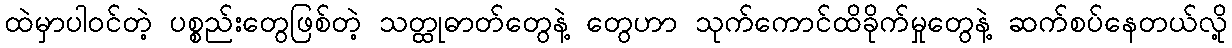
ထဲမှာပါဝင်တဲ့ ပစ္စည်းတွေဖြစ်တဲ့ သတ္ထုဓာတ်တွေနဲ့ တွေဟာ သုက်ကောင်ထိခိုက်မှုတွေနဲ့ ဆက်စပ်နေတယ်လို့